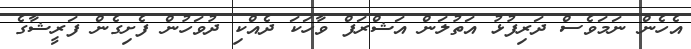
އެހެން ނަމަވެސް ދަރިފުޅު އަތުލަން އަޝްރަފް ވާހަކަ ދެއްކި ދުވަހުން ފެށިގެން ފަރީޝާގެ